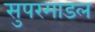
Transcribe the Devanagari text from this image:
सुपरमाडल